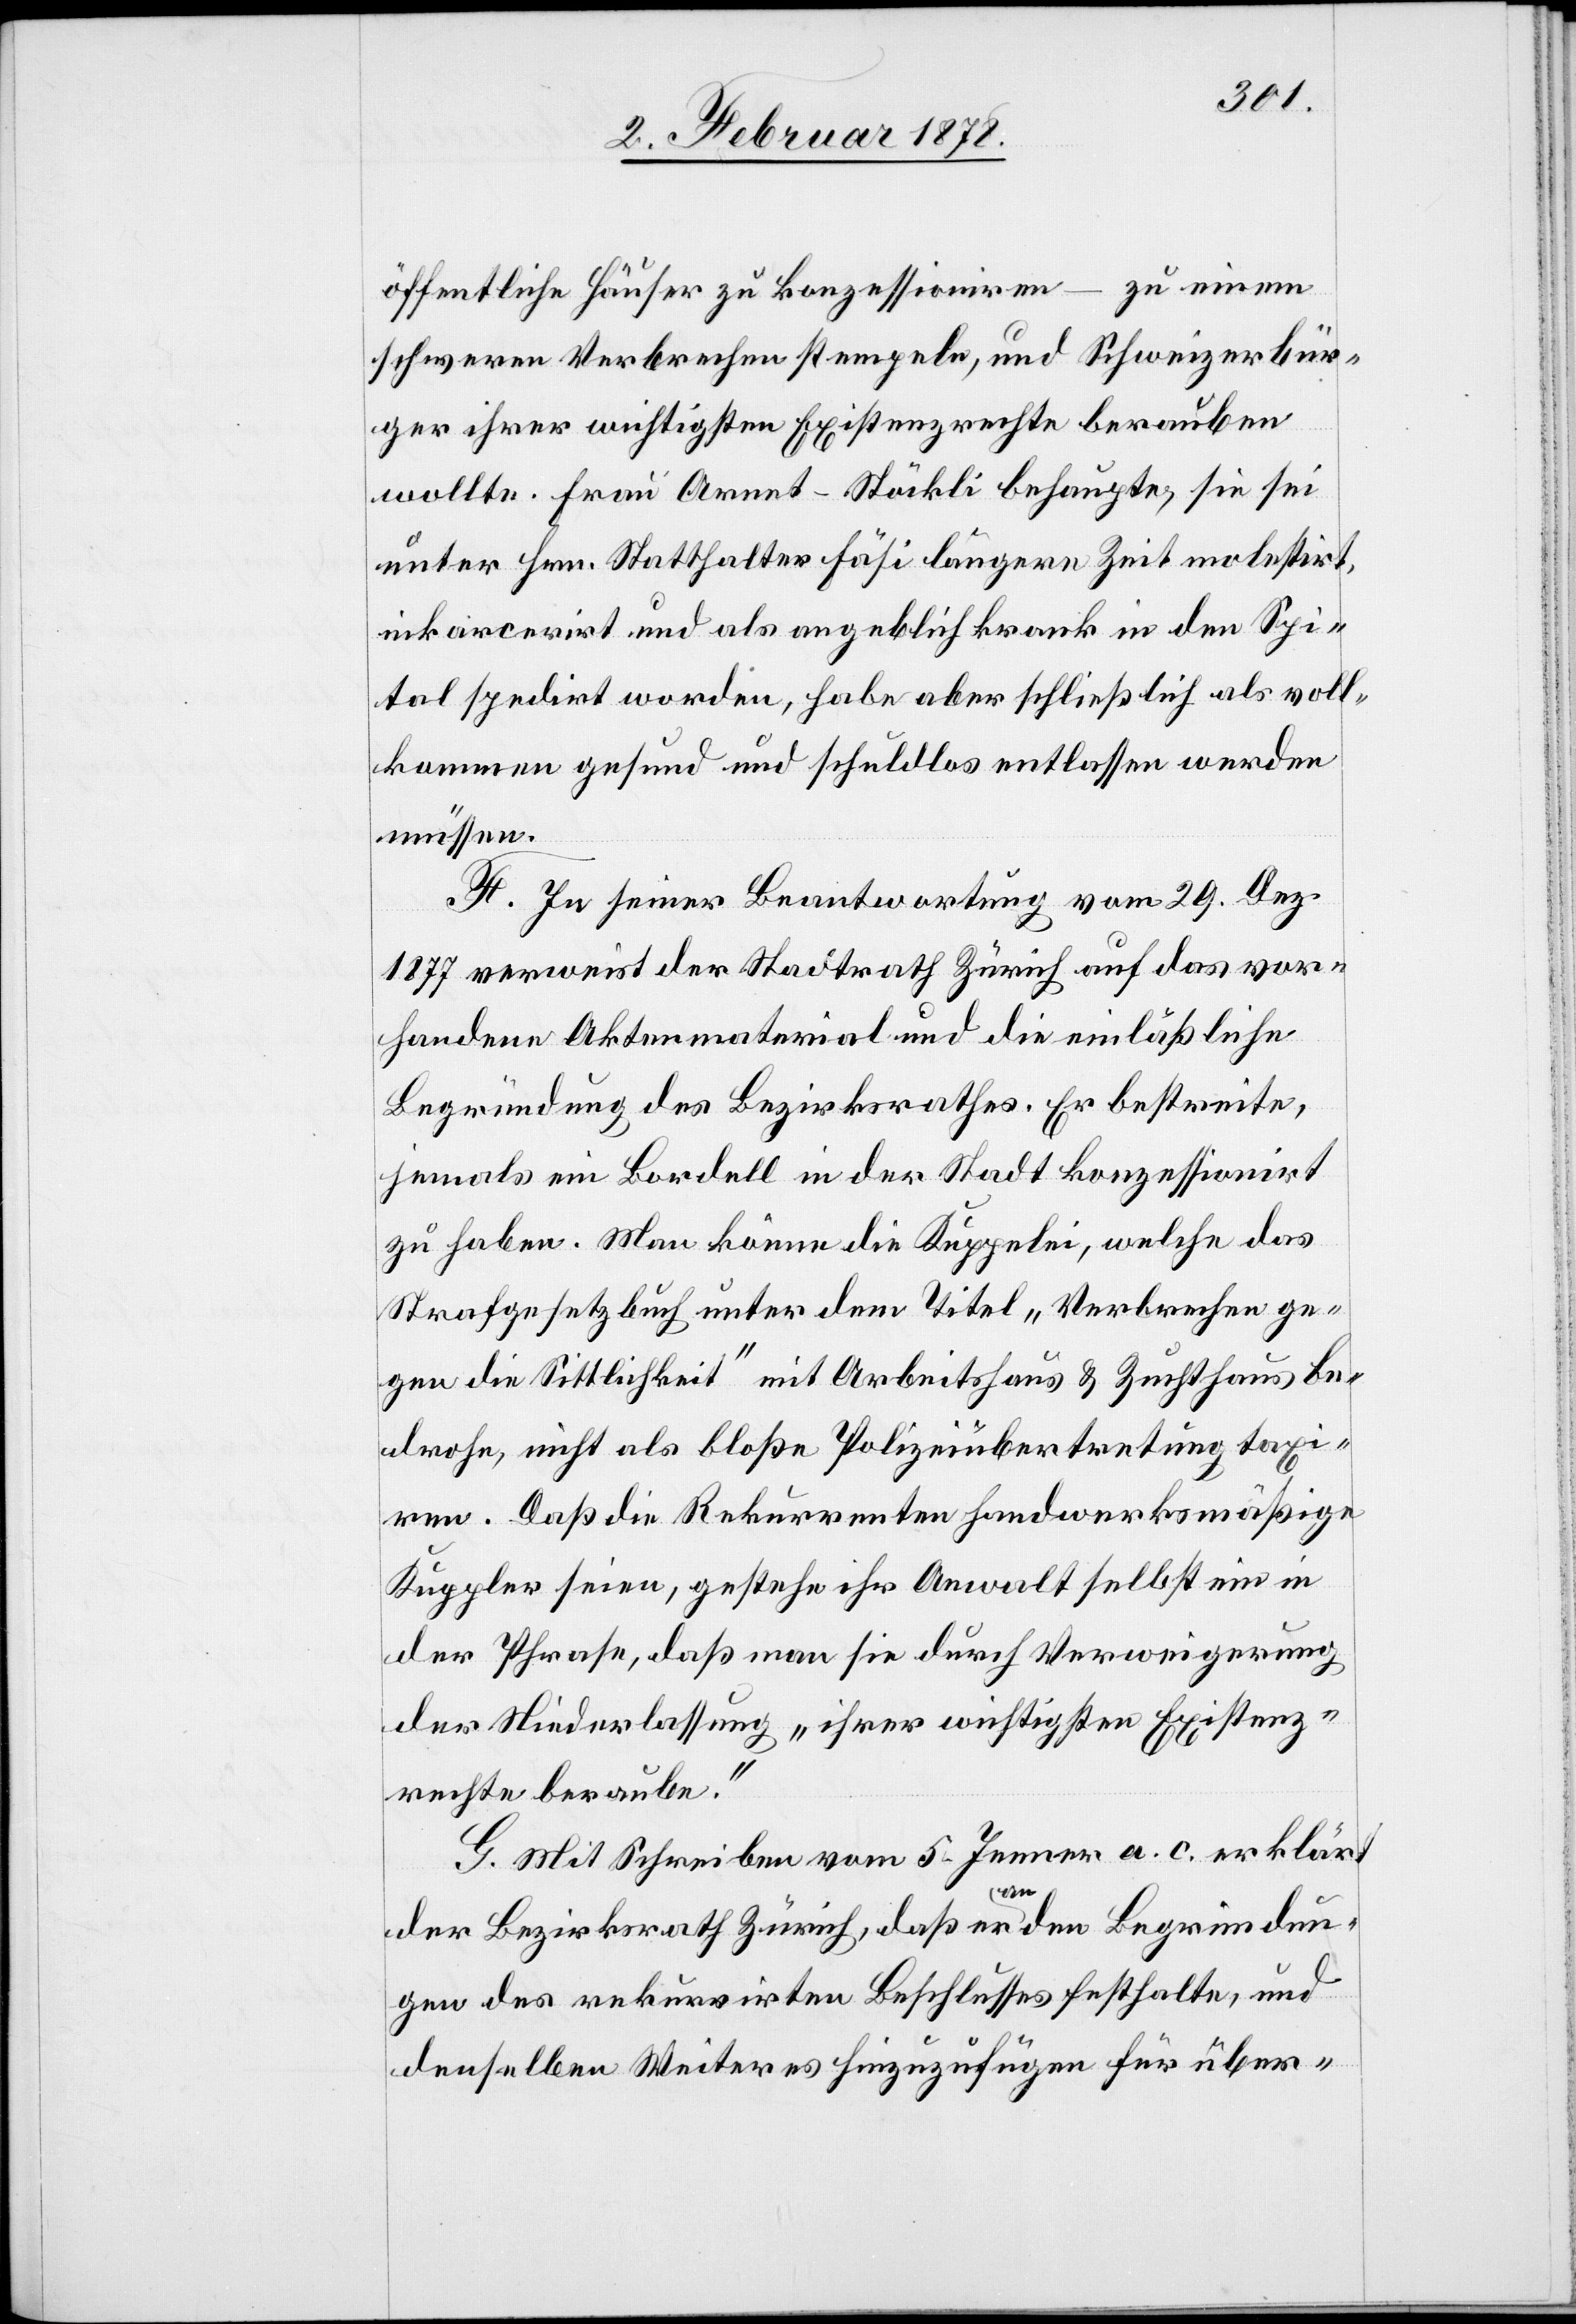
öffentliche Häuser zu konzessioniren – zu einem
schweren Verbrechen stempeln, und Schweizerbür¬
ger ihrer wichtigsten Existenzrechte berauben
wollte. Frau Arnet-Stöckli behaupte, sie sei
unter Hrn. Statthalter Fäsi längere Zeit molestirt,
inkarcerirt und als angeblich krank in den Spi¬
tal spedirt worden, habe aber schließlich als voll¬
kommen gesund und schuldlos entlassen werden
müssen.
F. In seiner Beantwortung vom 29. Dez.
1877 verweist der Stadtrath Zürich auf das vor¬
handene Aktenmaterial und die einläßliche
Begründung des Bezirksrathes. Er bestreite,
jemals ein Bordell in der Stadt konzessionirt
zu haben. Man könne die Kuppelei, welche das
Strafgesetzbuch unter dem Titel „Verbrechen ge¬
gen die Sittlichkeit“ mit Arbeitshaus & Zuchthaus be¬
drohe, nicht als bloße Polizeiübertretung taxi¬
ren. Daß die Rekurrenten handwerksmäßige
Kuppler seien, gestehe ihr Anwalt selbst ein in
der Phrase, daß man sie durch Verweigerung
der Niederlassung „ihrer wichtigsten Existenz¬
rechte beraube.“
G. Mit Schreiben vom 5. Jenner a. c. erklärt
der Bezirksrath Zürich, daß er a-an-a den Begründun¬
gen des rekurrirten Beschlusses festhalte, und
denselben Weiteres hinzuzufügen für über-